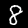
Label: 8